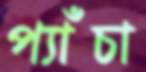
প্যাঁচা